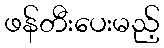
ဖန်တီးပေးမည့်